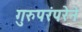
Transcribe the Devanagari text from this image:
गुरुपरंपरेने